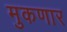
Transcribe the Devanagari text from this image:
मुकणार